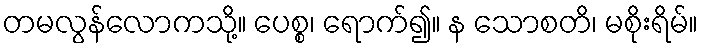
တမလွန်လောကသို့။ ပေစ္စ၊ ရောက်၍။ န သောစတိ၊ မစိုးရိမ်။